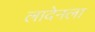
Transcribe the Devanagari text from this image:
लादेनला